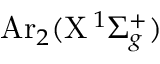
\mathrm { A r } _ { 2 } ( \mathrm { X } \, ^ { 1 } \Sigma _ { g } ^ { + } )